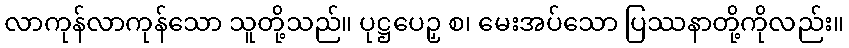
လာကုန်လာကုန်သော သူတို့သည်။ ပုဋ္ဌပေဉှ စ၊ မေးအပ်သော ပြဿနာတို့ကိုလည်း။